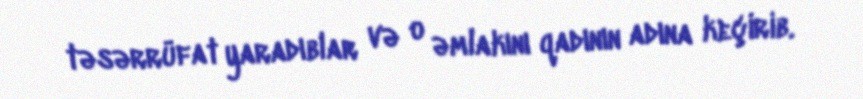
təsərrüfat yaradıblar və o əmlakını qadının adına keçirib.